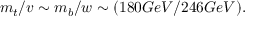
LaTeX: m _ { t } / v \sim m _ { b } / w \sim ( 1 8 0 G e V / 2 4 6 G e V ) .